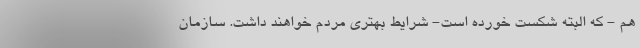
هم - که البته شکست خورده است- شرایط بهتری مردم خواهند داشت. سازمان